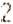
2